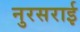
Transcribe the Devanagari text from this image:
नुरसराई